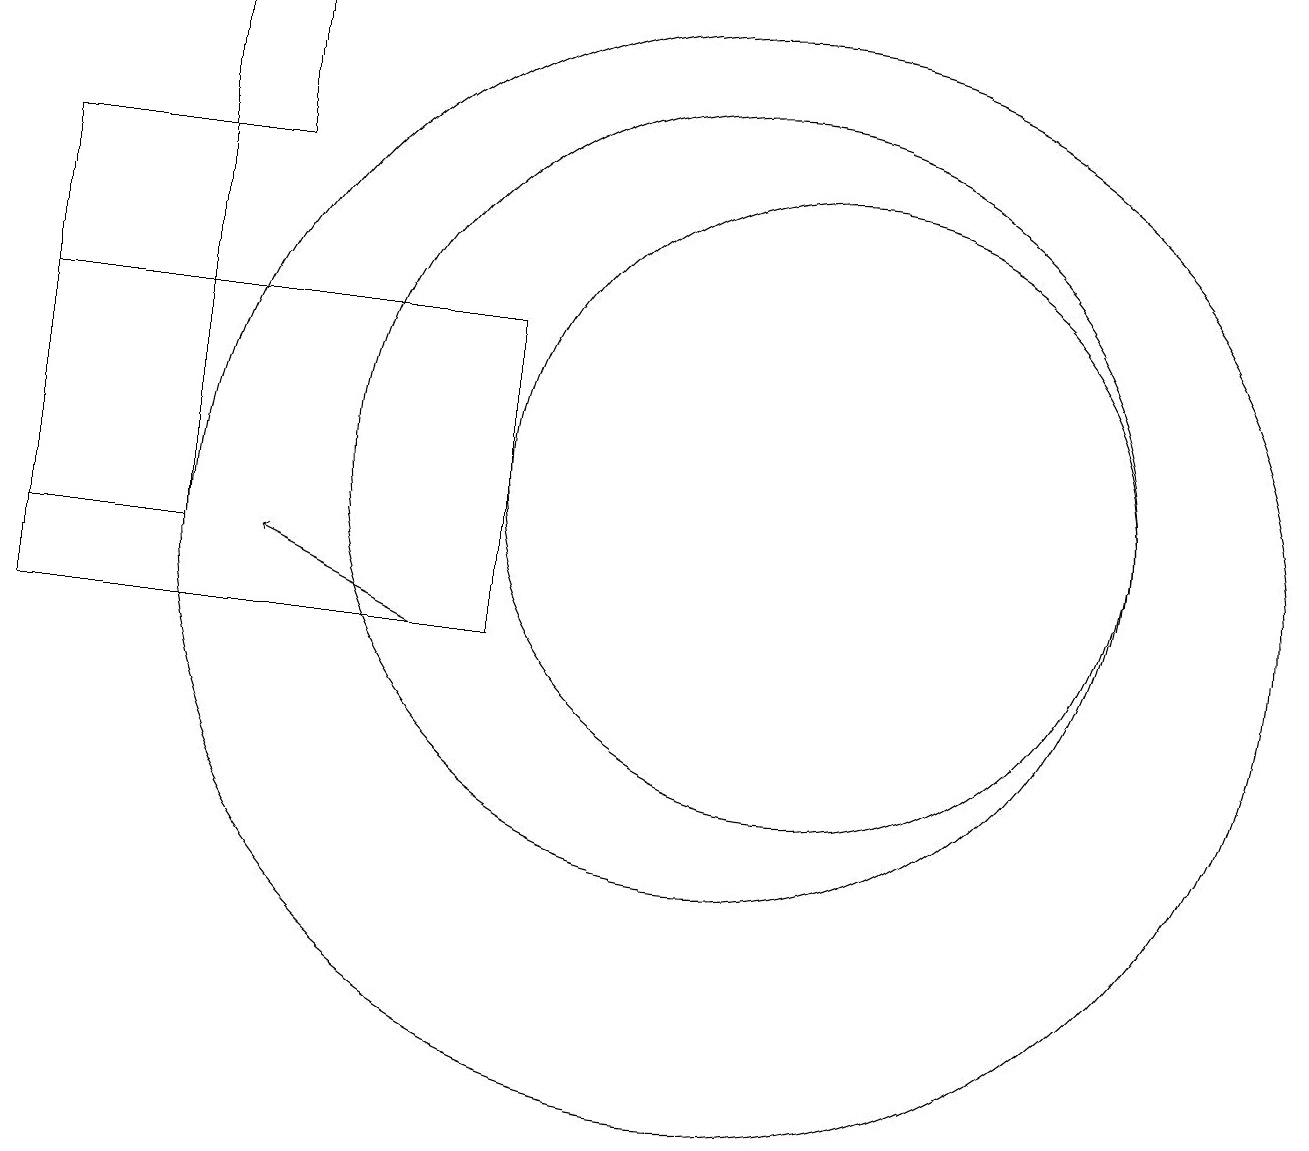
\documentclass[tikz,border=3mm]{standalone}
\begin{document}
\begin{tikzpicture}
\draw (10,12) circle (5);
\draw[->] (6,10) -- (4,11);
\draw (11,12) circle (4);
\draw (3,16) rectangle (4,18);
\draw (10,11) circle (7);
\draw (3,16) rectangle (1,11);
\draw (7,14) rectangle (1,10);
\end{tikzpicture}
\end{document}